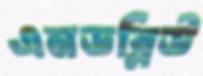
এনডব্লিউ